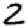
Digit: 2